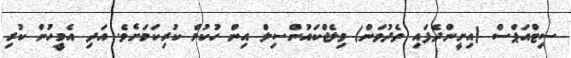
ސިޓްއަޕްސް (އިށީންދެފައި ތެދުވަން) ވިލެޖްކައުންސިލް އިން ހުކުމް ކުރިކަމަށެވެ. އަދި އެމީހުން ކުރި